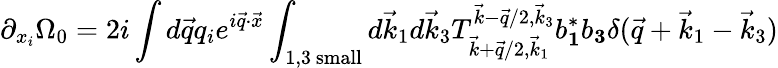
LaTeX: \partial_{{x}_{i}}\Omega_{0}=2i\int d\vec{q}q_{i}e^{i\vec{q}\cdot\vec{x}}\int_{1,3\mathrm{~small}}d\vec{k}_{1}d\vec{k}_{3}T_{\vec{k}+\vec{q}/2,\vec{k}_{1}}^{\vec{k}-\vec{q}/2,\vec{k}_{3}}b_{\mathbf 1}^{*}b_{\mathbf 3}\delta(\vec{q}+\vec{k}_{1}-\vec{k}_{3})